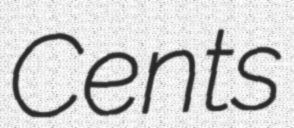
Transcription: Cents